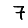
Digit: 7